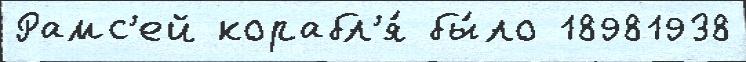
Рамс'ей корабл'я́ бы́ло 18981938